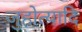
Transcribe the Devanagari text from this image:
जुहोत्यादि